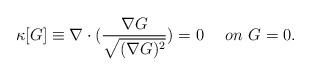
LaTeX: \begin{align*}\kappa[G] \equiv \nabla \cdot ( \frac{\nabla G}{\sqrt{(\nabla G)^2}}) = 0 ~~~~ on ~G=0.\end{align*}